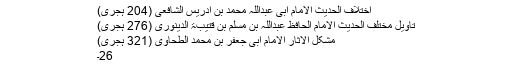
اختلاف الحدیث الامام ابی عبداللہ محمد بن ادریس الشافعی (204 ہجری)
تاویل مختلف الحدیث الامام الحافظ عبداللہ بن مسلم بن قتیبۃ الدینوری (276 ہجری)
مشکل الاثار الامام ابی جعفر بن محمد الطحاوی (321 ہجری)
26۔